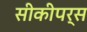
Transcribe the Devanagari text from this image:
सीकीपर्स